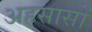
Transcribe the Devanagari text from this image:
अहसासों